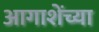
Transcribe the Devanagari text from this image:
आगाशेंच्या